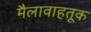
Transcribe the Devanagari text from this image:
मैलावाहतूक